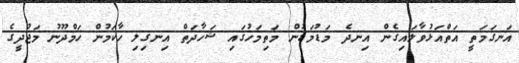
އަނގަމަތީ އަތްއަޅުވާލައިގެން އިނދެ މަޑުމަޑުން މަތިމަހުގައި ޝަހާދަތް އިނގިލި ހާކަމުން ހަމްދޫނު މަޖުދީގެ